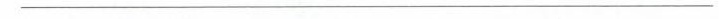
___